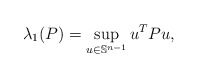
\begin{align*} \lambda_1(P)=\sup_{u \in \mathbb{S}^{n-1}}{u^TPu},\end{align*}